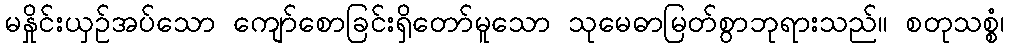
မနှိုင်းယှဉ်အပ်သော ကျော်စောခြင်းရှိတော်မူသော သုမေဓာမြတ်စွာဘုရားသည်။ စတုသစ္စံ၊